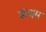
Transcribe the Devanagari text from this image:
कंचम